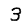
Digit: 3